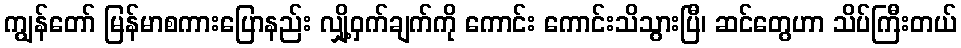
ကျွန်တော် မြန်မာစကားပြောနည်း လျှို့ဝှက်ချက်ကို ကောင်း ကောင်းသိသွားပြီ၊ ဆင်တွေဟာ သိပ်ကြီးတယ်